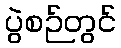
ပွဲစဉ်တွင်